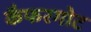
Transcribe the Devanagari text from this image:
कैफरगोट